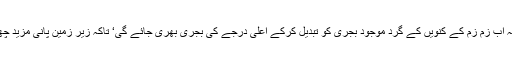
بتایا جارہاہے کہ آبِ زم زم کے کنویں کے گرد موجود بجری کو تبدیل کرکے اعلیٰ درجے کی بجری بھری جائے گی‘ تاکہ زیر زمین پانی مزید چھن کر باہر آئے۔